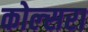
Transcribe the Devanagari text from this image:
कोल्‍सरा